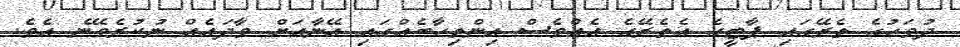
ދުވަހުގެ ތެރޭގައި ޕާޓީގެ އެތެރޭގެ އެއްވެސް އިންތިހާބެއްގައި އޭނާއަށް ވާދައެއް ނުކުރެވޭނެ އެވެ.